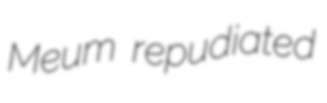
Meum repudiated